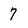
Character: 7